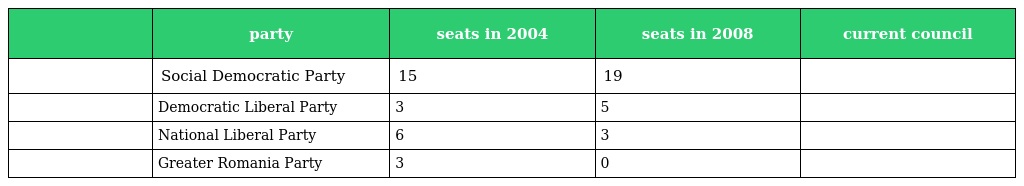
|  | party | seats in 2004 | seats in 2008 | current council |
 | --- | --- | --- | --- | --- |
 |  | Social Democratic Party | 15 | 19 |  |
 |  | Democratic Liberal Party | 3 | 5 |  |
 |  | National Liberal Party | 6 | 3 |  |
 |  | Greater Romania Party | 3 | 0 |  |